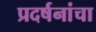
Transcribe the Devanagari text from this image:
प्रदर्षनांचा